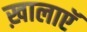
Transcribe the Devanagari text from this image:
ख़ालाएॅ